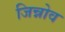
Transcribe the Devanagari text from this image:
जिन्नोव